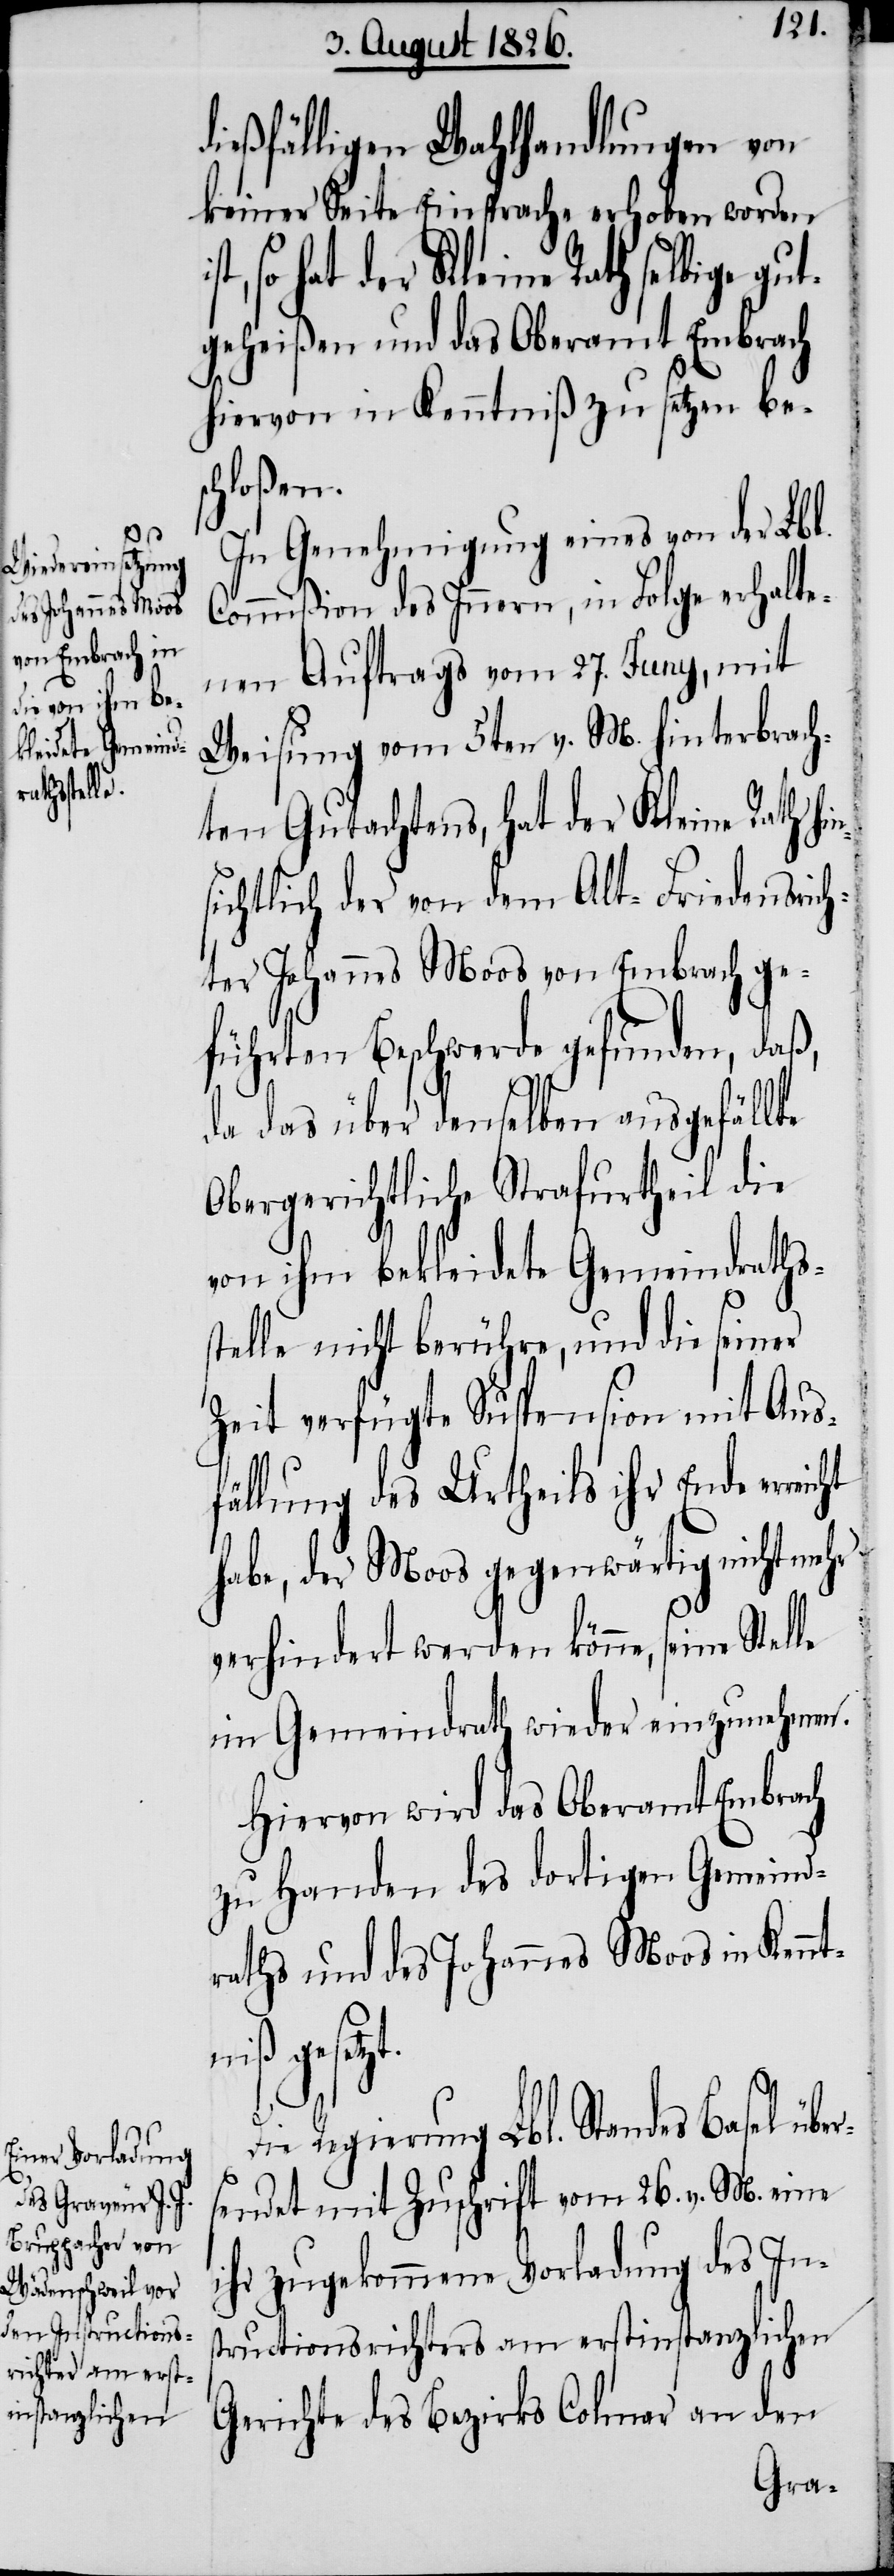
erreicht

dießfälligen Wahlhandlungen von
keiner Seite Einsprache erhoben worden
so hat der Kleine Rath selbige gu¬
tgeheißen und das Oberamt Embrach
hiervon in Kenntniß zu setzen bes¬
chloßen.
In Genehmigung eines von der Lbl.
Commißion des Innern, in Folge erhalte¬
nen Auftrags vom 27. Juny, mit
Weisung vom 5ten v. M. hinterbrach¬
ten Gutachtens, hat der Kleine Rath h¬
ichtlich der von dem Alt-Friedensrich¬
ter Johannes Moos von Embrach ge¬
führten Beschwerde gefunden, daß,
da das über denselben ausgefällte
Obergerichtliche Strafurtheil die
von ihm bekleidete Gemeindraths¬
stelle nicht berühre, und die seiner
Zeit verfügte Suspension mit Aus¬
fällung des Urtheils ihr Ende
habe, der Moos gegenwärtig nicht mehr
verhindert werden könne, seine
im Gemeindrath wieder einzunehmen.
Hiervon wird das Oberamt Embrach
zu Handen des dortigen Gemeind¬
raths und des Johannes Moos in Kennt¬
niß gesetzt.
Die Regierung Lbl. Standes Basel übe¬
rsendet mit Zuschrift vom 26. v. M. eine
ihr zugekommene Vorladung des Ins¬
tructionsrichters am erstinstanzlichen
Gerichte des Bezirkes Colmar an den